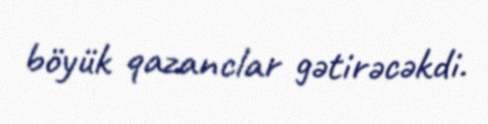
böyük qazanclar gətirəcəkdi.